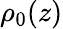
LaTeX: \rho_{0}(z)